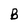
Character: B